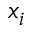
x _ { i }